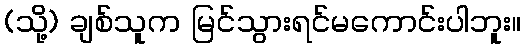
(သို့) ချစ်သူက မြင်သွားရင်မကောင်းပါဘူး။